Lyperosia minuta, Bezzi - Number 59
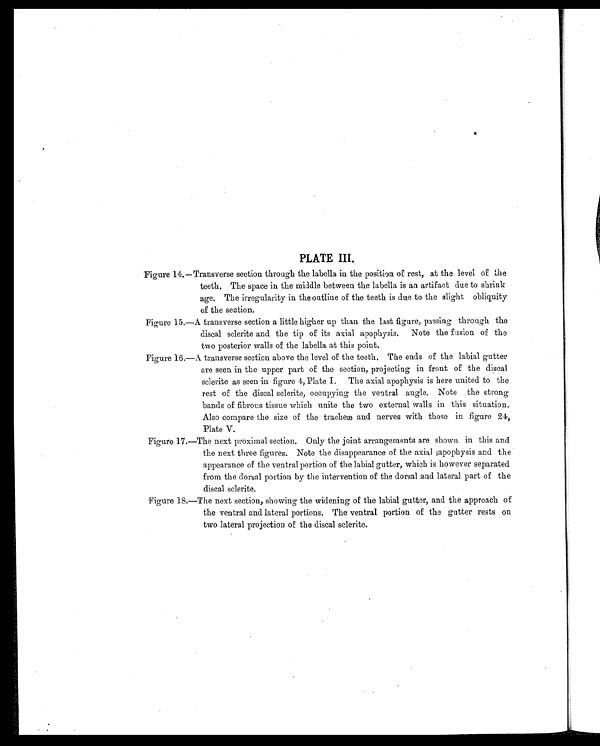
PLATE III.
Figure 14.—Transverse section through the labella in the position of rest, at the level of the
teeth, The space in the middle between the labella is an artifact due to shrink
age. The irregularity in the outline of the teeth is due to the slight obliquity
of the section.
Figure 15.—A transverse section a little higher up than the last figure, passing through the
discal sclerite and the tip of its axial apophysis. Note the fusion of the
two posterior walls of the labella at this point.
Figure 16.—A transverse section above the level of the teeth. The ends of the labial gutter
are seen in the upper part of the section, projecting in front of the discal
sclerite as seen in figure 4, Plate I. The axial apophysis is here united to the
rest of the discal sclerite, occupying the ventral angle. Note the strong
bands of fibrous tissue which unite the two external walls in this situation.
Also compare the size of the tracheæ and nerves with those in figure 24,
Plate V.
Figure 17.—The next proximal section. Only the joint arrangements are shown in this and
the next three figures. Note the disappearance of the axial apophysis and the
appearance of the ventral portion of the labial gutter, which is however separated
from the dorsal portion by the intervention of the dorsal and lateral part of the
discal sclerite.
Figure 18.—The next section, showing, the widening of the labial gutter, and the approach of
the ventral and lateral portions. The ventral portion of the gutter rests on
two lateral projection of the discal sclerite.